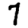
Digit: 7